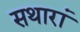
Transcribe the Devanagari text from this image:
सथारां